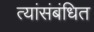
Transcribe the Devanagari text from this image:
त्यांसंबंधित